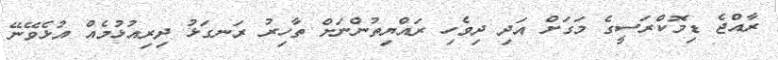
ރާއްޖެ ޑިމޮކްރަސީގެ މަގަށް އަދި ދިވެހި ރައްޔިތުންނަށް ތާހިރު ރަނގަޅު ދިރިއުޅުމެއް އުޅެވޭނޭ